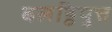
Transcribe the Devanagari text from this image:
बलट्ठिपुत्त